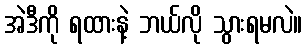
အဲဒီကို ရထားနဲ့ ဘယ်လို သွားရမလဲ။